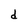
Character: d